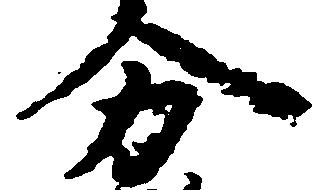
分